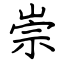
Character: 崇